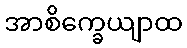
အာစိက္ခေယျာထ